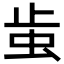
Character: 𧉘